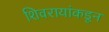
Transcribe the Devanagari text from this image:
शिवरायांकडून